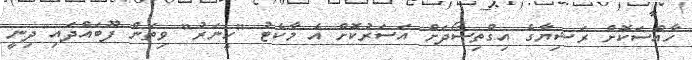
ހާއްސަކޮށް ރަޝިޔާގެ އިގްތިސޯދަށް އަސަރުކޮށް އެ މާކެޓު "ހީނަރު" ވިތަން ފޫބައްދައި ދިނީ